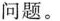
问题。